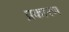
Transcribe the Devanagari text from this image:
प्रकारण